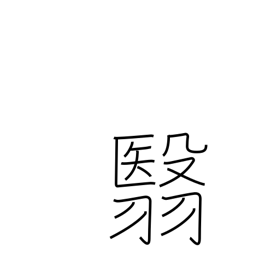
Meaning: hold aloft